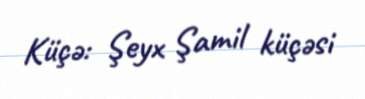
Küçə: Şeyx Şamil küçəsi